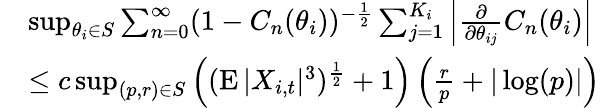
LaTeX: \begin{array}{rl}&{\operatorname*{sup}_{\theta_{i}\in S}\sum_{n=0}^{\infty}(1-C_{n}(\theta_{i}))^{-\frac{1}{2}}\sum_{j=1}^{K_{i}}\left|\frac{\partial}{\partial\theta_{ij}}C_{n}(\theta_{i})\right|}\\ &{\leq c\operatorname*{sup}_{(p,r)\in S}\left((\operatorname{E}|X_{i,t}|^{3})^{\frac{1}{2}}+1\right)\left(\frac{r}{p}+|\log(p)|\right)}\end{array}